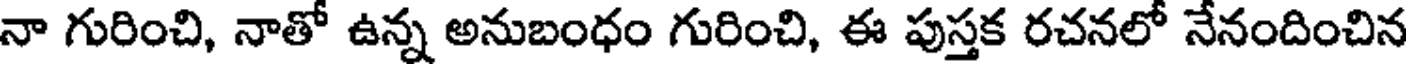
నా గురించి, నాతో ఉన్న అనుబంధం గురించి, ఈ పుస్తక రచనలో నేనందించిన